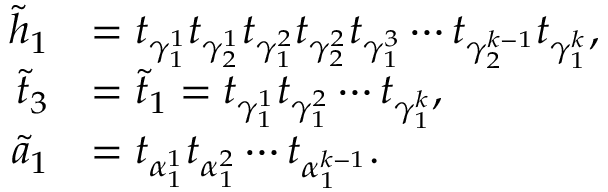
\begin{array} { r l } { \widetilde { h } _ { 1 } } & { = t _ { \gamma _ { 1 } ^ { 1 } } t _ { \gamma _ { 2 } ^ { 1 } } t _ { \gamma _ { 1 } ^ { 2 } } t _ { \gamma _ { 2 } ^ { 2 } } t _ { \gamma _ { 1 } ^ { 3 } } \cdots t _ { \gamma _ { 2 } ^ { k - 1 } } t _ { \gamma _ { 1 } ^ { k } } , } \\ { \widetilde { t } _ { 3 } } & { = \widetilde { t } _ { 1 } = t _ { \gamma _ { 1 } ^ { 1 } } t _ { \gamma _ { 1 } ^ { 2 } } \cdots t _ { \gamma _ { 1 } ^ { k } } , } \\ { \widetilde { a } _ { 1 } } & { = t _ { \alpha _ { 1 } ^ { 1 } } t _ { \alpha _ { 1 } ^ { 2 } } \cdots t _ { \alpha _ { 1 } ^ { k - 1 } } . } \end{array}